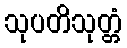
သုပတိသုတ္တံ